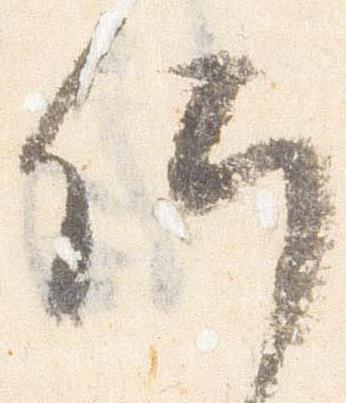
仰